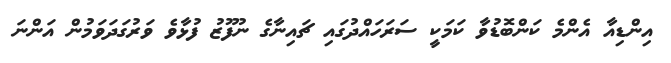
އިންޑިއާ އެންމެ ކަންބޮޑުވާ ކަމަކީ ސަރަހައްދުގައި ޗައިނާގެ ނުފޫޒު ފުޅާވެ ވަރުގަދަވަމުން އަންނަ